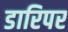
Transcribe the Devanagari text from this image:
डारिपर